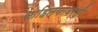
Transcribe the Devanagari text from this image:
साहित्यावरही